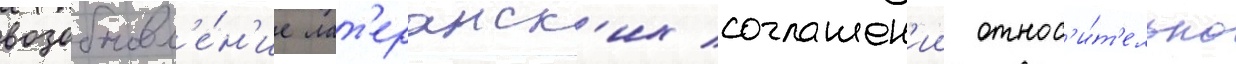
возобновл'е́н'ие лат'еранск'их соглашен'ии относ'и́т'ельно